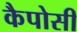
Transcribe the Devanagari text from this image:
कैपोसी